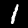
Label: 1